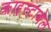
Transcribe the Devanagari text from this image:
क्राइस्टाबेल